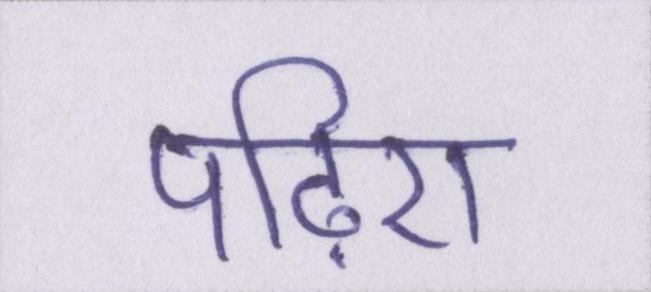
पढ़िए